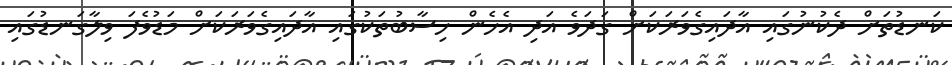
ކަނޑުތަށް ދެކުނުގައި އާދައިގެވަރަކަށް ގަދަވެ އަދި އެހެން ހިސާބުތަކުގައި އާދައިގެވަރަކަށް މަޑުވެފަ ވިލާގަނޑުގައި